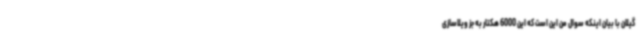
گیلان با بیان اینکه سوال من این است که این 6000 هکتار به جز ویلاسازی